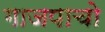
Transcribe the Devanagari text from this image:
गाजपाचो